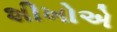
શીખોએ